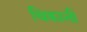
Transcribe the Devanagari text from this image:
थिकानी